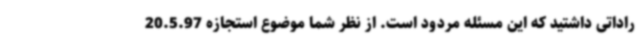
راداتی داشتید که این مسئله مردود است. از نظر شما موضوع استجازه 20.5.97